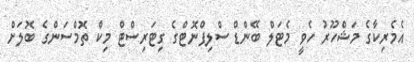
އެމެރިކާގެ މަޝްހޫރު ހެވީ މެޓަލް ބޭންޑް ސްލިޕްނޮޓްގެ ގިޓަރިސްޓް މިކް ތޮމްސަންގެ ބޮލަށް